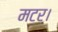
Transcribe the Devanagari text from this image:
मटर।